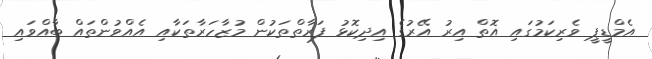
އެމްޑީޕީ ވެރިކަމުގައި އޮތް އިރު އޭރުގެ އިދިކޮޅު ފަރާތްތަކުން މުޒާހަރާތަކާއި އެއްވުންތައް ބާއްވައި